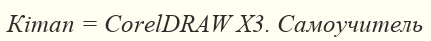
Кітап = CorelDRAW X3. Самоучитель